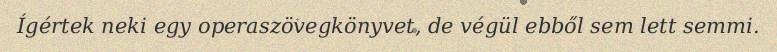
Ígértek neki egy operaszövegkönyvet, de végül ebből sem lett semmi.